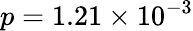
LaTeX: p=1.21\times 10^{-3}